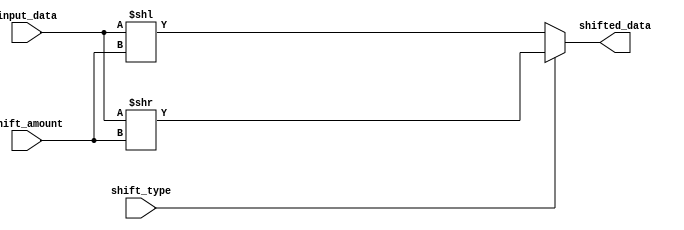
module Sparse_Barrel_Shifter (
    input wire [7:0] input_data,
    input wire shift_type, //0 for left shift, 1 for right shift
    input wire [3:0] shift_amount,
    output reg [7:0] shifted_data
);

always @(*) begin
    if (shift_type == 0) begin //left shift
        shifted_data = input_data << shift_amount;
    end else begin //right shift
        shifted_data = input_data >> shift_amount;
    end
end

endmodule